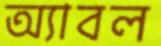
অ্যাবল